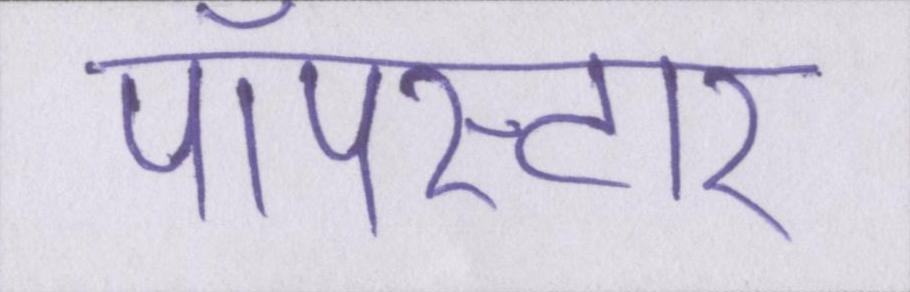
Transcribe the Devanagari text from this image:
पॉपस्टार